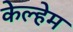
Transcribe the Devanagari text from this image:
केल्हेम